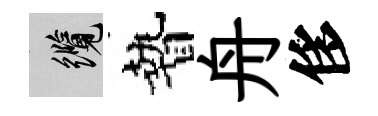
纜贄舟侈